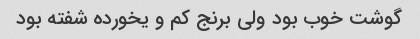
گوشت خوب بود ولی برنج کم و یخورده شفته بود